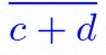
\frac{a+b}{c+d}